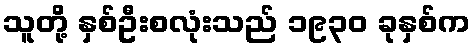
သူတို့ နှစ်ဦးစလုံးသည် ၁၉၃၀ ခုနှစ်က